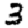
Digit: 3